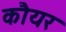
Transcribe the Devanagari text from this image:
कौयर